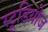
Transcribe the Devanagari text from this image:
स्‍टूडियोज